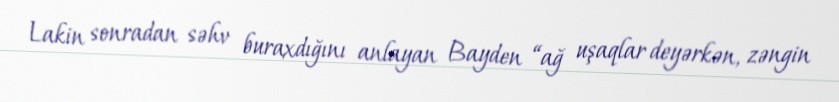
Lakin sonradan səhv buraxdığını anlayan Bayden “ağ uşaqlar deyərkən, zəngin